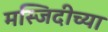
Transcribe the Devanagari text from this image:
मस्जिदीच्या